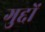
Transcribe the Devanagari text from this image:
गुद्दों